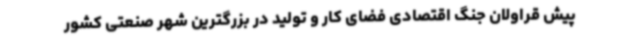
پیش قراولان جنگ اقتصادی فضای کار و تولید در بزرگترین شهر صنعتی کشور